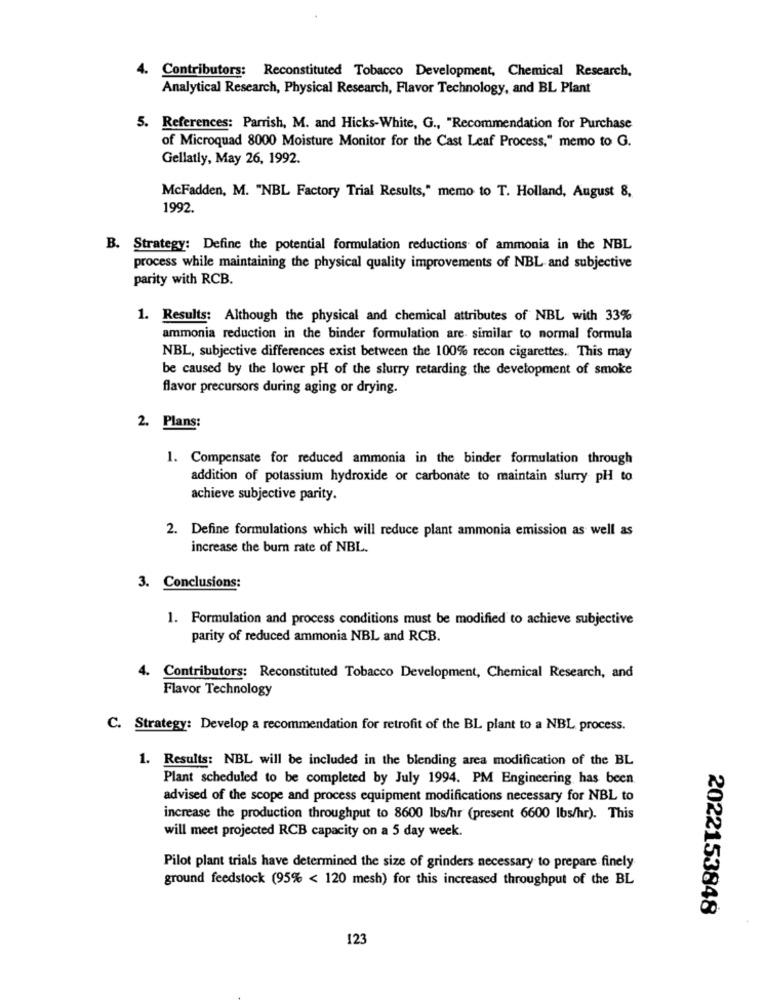
4. Contributors: Reconstituted Tobacco Development, Chemical Research,
Analytical Research, Physical Research, Flavor Technology, and BL Plant
5. References: Parrish, M. and Hicks-White, G ., "Recommendation for Purchase
of Microquad 8000 Moisture Monitor for the Cast Leaf Process," memo to G.
Gellatly, May 26, 1992.
McFadden, M. "NBL Factory Trial Results," memo to T. Holland, August 8,
1992.
B. Strategy: Define the potential formulation reductions of ammonia in the NBL
process while maintaining the physical quality improvements of NBL and subjective
parity with RCB.
1. Results: Although the physical and chemical attributes of NBL with 33%
ammonia reduction in the binder formulation are similar to normal formula
NBL, subjective differences exist between the 100% recon cigarettes. This may
be caused by the lower pH of the slurry retarding the development of smoke
flavor precursors during aging or drying.
2. Plans:
1. Compensate for reduced ammonia in the binder formulation through
addition of potassium hydroxide or carbonate to maintain slurry pH to
achieve subjective parity.
2. Define formulations which will reduce plant ammonia emission as well as
increase the burn rate of NBL.
3. Conclusions:
1. Formulation and process conditions must be modified to achieve subjective
parity of reduced ammonia NBL and RCB.
4. Contributors: Reconstituted Tobacco Development, Chemical Research, and
Flavor Technology
C. Strategy: Develop a recommendation for retrofit of the BL plant to a NBL process.
1. Results: NBL will be included in the blending area modification of the BL
Plant scheduled to be completed by July 1994. PM Engineering has been
advised of the scope and process equipment modifications necessary for NBL to
increase the production throughput to 8600 lbs/hr (present 6600 lbs/hr). This
will meet projected RCB capacity on a 5 day week.
Pilot plant trials have determined the size of grinders necessary to prepare finely
ground feedstock (95% < 120 mesh) for this increased throughput of the BL
2022153848
123